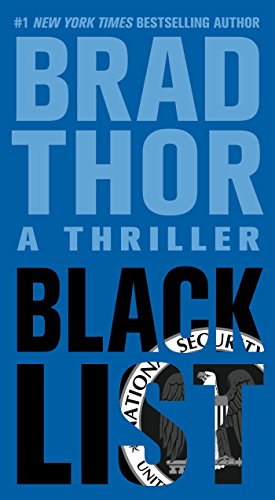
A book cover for Black List: A Thriller (The Scot Harvath Series); Brad Thor; Mystery, Thriller & Suspense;